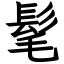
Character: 髦